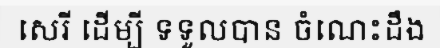
សេរី ដើម្បី ទទួលបាន ចំណេះដឹង